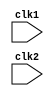
module pipe_MIPS32 (clk1,clk2);

input clk1,clk2;  //Two-phase clock

reg [31:0] PC, IF_ID_IR, IF_ID_NPC;
reg [31:0] ID_EX_IR, ID_EX_NPC, ID_EX_A, ID_EX_B, ID_EX_Imm;
reg [2:0] ID_EX_type, EX_MEM_type, MEM_WB_type;
reg [31:0] EX_MEM_IR, EX_MEM_ALUOut, EX_MEM_B;
reg EX_MEM_cond;
reg [31:0] MEM_WB_IR, MEM_WB_ALUOut, MEM_WB_LMD;

reg [31:0] Reg [0:31]; // Register bank [32 x 32]
reg [31:0] Mem [0:1023]; //1024 x 32 memory

parameter ADD=6'b000000, SUB=6'b000001, AND=6'b000010, OR=6'b000011, SLT=6'b000100, MUL=6'b000101, HLT=6'b111111, LW=6'b001000, SW=6'b001001, ADDI=6'b001010, SUBI=6'b001011, SLTI=6'b001100, BNEQZ=6'b001101, BEQZ=6'b001110;

parameter RR_ALU=3'b000, RM_ALU=3'b001, LOAD=3'b010, STORE=3'b011, BRANCH=3'b100, HALT=3'b101;

reg HALTED;
    // set after HLT instruction is completed (in WB stage)

reg TAKEN_BRANCH;
   // Required to disable instructions after branch

always @(posedge clk1)  //IF stage
  if(HALTED == 0)  
  begin
   if (((EX_MEM_IR[31:26] == BEQZ) && (EX_MEM_cond == 1)) || ((EX_MEM_IR[31:26] == BNEQZ) && (EX_MEM_cond == 0)))
    begin
      IF_ID_IR <= #2 Mem[EX_MEM_ALUOut];
      TAKEN_BRANCH <= #2 1'b1;
      IF_ID_NPC <= #2 EX_MEM_ALUOut + 1;
      PC <= #2 EX_MEM_ALUOut + 1;
   end
 else 
  begin
    IF_ID_IR <= #2 Mem[PC];
    IF_ID_NPC <= #2 PC + 1;
    PC <= #2 PC + 1;
  end
end

always @(posedge clk2)  //ID stage
  if(HALTED == 0)
  begin
   if(IF_ID_IR[25:21] == 5'b00000)    ID_EX_A <= 0;
   else ID_EX_A <= #2 Reg[IF_ID_IR[25:21]]; //"rs"

  if(IF_ID_IR[20:16] == 5'b00000)     ID_EX_B <= 0;
  else ID_EX_B <= #2 Reg[IF_ID_IR[20:16]]; //"rt"

  ID_EX_NPC <= #2 IF_ID_NPC;
  ID_EX_IR  <= #2 IF_ID_IR;
  ID_EX_Imm <= #2 {{16{IF_ID_IR[15]}}, {IF_ID_IR[15:0]}};

  case(IF_ID_IR[31:26])
  ADD,SUB,AND,OR,SLT,MUL: ID_EX_type <= #2 RR_ALU;
  ADDI,SUBI,SLTI:         ID_EX_type <= #2 RM_ALU;
  LW:                     ID_EX_type <= #2 LOAD;
  SW:                     ID_EX_type <= #2 STORE;
  BNEQZ,BEQZ:             ID_EX_type <= #2 BRANCH;
  HLT:                    ID_EX_type <= #2 HALT;
  default:                ID_EX_type <= #2 HALT;

 endcase
end

always @(posedge clk1)  //EX stage
  if(HALTED == 0)
   begin
    EX_MEM_type <= #2 ID_EX_type;
    EX_MEM_IR <= #2 ID_EX_IR;
    TAKEN_BRANCH <= #2 0;

     case(ID_EX_type)
     RR_ALU: begin
             case(IF_ID_IR[31:26]) //"opcode"
                ADD: EX_MEM_ALUOut <= #2 ID_EX_A + ID_EX_B;
                SUB: EX_MEM_ALUOut <= #2 ID_EX_A - ID_EX_B;
                AND: EX_MEM_ALUOut <= #2 ID_EX_A & ID_EX_B;
                OR:  EX_MEM_ALUOut <= #2 ID_EX_A | ID_EX_B;
                SLT: EX_MEM_ALUOut <= #2 ID_EX_A < ID_EX_B;
                MUL: EX_MEM_ALUOut <= #2 ID_EX_A * ID_EX_B;
                default: EX_MEM_ALUOut <= #2 32'hxxxxxxxx;
          endcase
       end
   
     RM_ALU: begin
             case(IF_ID_IR[31:26]) //"opcode"
             ADDI: EX_MEM_ALUOut <= #2 ID_EX_A + ID_EX_Imm;
             SUBI: EX_MEM_ALUOut <= #2 ID_EX_A - ID_EX_Imm;
             SLTI: EX_MEM_ALUOut <= #2 ID_EX_A < ID_EX_Imm;
             default: EX_MEM_ALUOut <= #2 32'hxxxxxxxx;
          endcase
      end

    LOAD,STORE:  begin
          EX_MEM_ALUOut <= #2 ID_EX_A + ID_EX_Imm;
          EX_MEM_B <= #2 ID_EX_B;
        end

   BRANCH: begin
           EX_MEM_ALUOut <= #2 ID_EX_NPC + ID_EX_Imm;
           EX_MEM_cond <= #2 (ID_EX_A == 0);
         end
   endcase
end

always @(posedge clk2) //MEM stage
   if(HALTED == 0)
     begin
       MEM_WB_type <= EX_MEM_type;
       MEM_WB_IR <= #2 EX_MEM_IR;

      case (EX_MEM_type)
        RR_ALU,RM_ALU:
             MEM_WB_ALUOut <= #2 EX_MEM_ALUOut;
        LOAD:  MEM_WB_LMD <= #2 Mem[EX_MEM_ALUOut];
        STORE: if(TAKEN_BRANCH == 0)       //Disable write
                 Mem[EX_MEM_ALUOut] <= #2 EX_MEM_B;
    endcase
 end

always @(posedge clk1) //WB stage
   begin
     if(TAKEN_BRANCH == 0) //disable write if branch taken

     case(MEM_WB_type)
       RR_ALU: Reg[MEM_WB_IR[15:11]]<= #2 MEM_WB_ALUOut; //"rd"
       RM_ALU: Reg[MEM_WB_IR[20:16]]<= #2 MEM_WB_ALUOut; //"rt"
       LOAD: Reg[MEM_WB_IR[20:16]]<= #2 MEM_WB_LMD; //"rt"
       HALT: HALTED <= #2 1'b1;
endcase
end 
endmodule